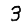
Digit: 3